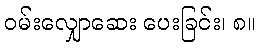
ဝမ်းလျှောဆေး ပေးခြင်း၊ ၈။